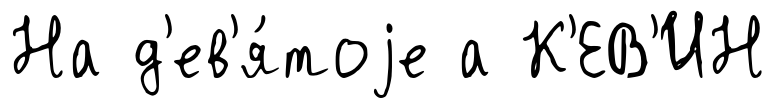
На д'ев'я́тоjе а К'ЕВ'ИН